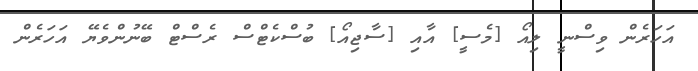
އަހަރެން ވިސްނީ ލިއޯ [މެސީ] އާއި [ސާޖިއޯ] ބުސްކެޓްސް ރެސްޓް ބޭނުންވެޔޭ އަހަރެން